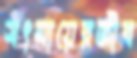
সৎমায়েরজীব